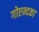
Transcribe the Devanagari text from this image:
गोएन्दका